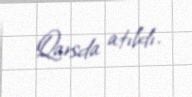
Qarsda atıldı.